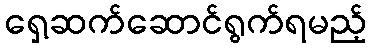
ရှေ့ဆက်ဆောင်ရွက်ရမည့်